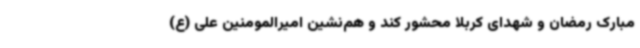
مبارک رمضان و شهدای کربلا محشور کند و هم‌نشین امیرالمومنین علی (ع)